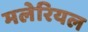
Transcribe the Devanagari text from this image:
मलेरियल